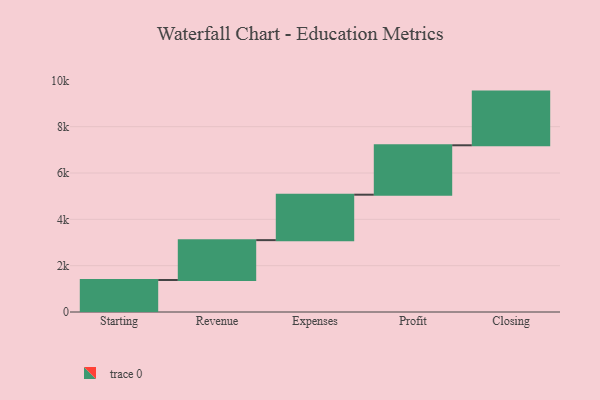
{"axis": {"x": "Step", "y": "Value"}, "legend": [""], "data": [{"x": "Starting", "y": 1381.0, "type": ""}, {"x": "Revenue", "y": 1721.0, "type": ""}, {"x": "Expenses", "y": 1962.0, "type": ""}, {"x": "Profit", "y": 2133.0, "type": ""}, {"x": "Closing", "y": 2317.0, "type": ""}]}